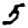
Digit: 5